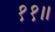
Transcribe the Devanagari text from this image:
११॥